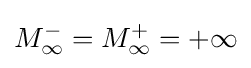
M_{\infty }^{-}=M_{\infty }^{+}=+\infty